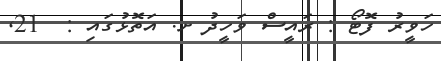
ހަވީރު ފޮޓޯ : ރައީސް ވަހީދު ށ. އަތޮޅުގައި :  21